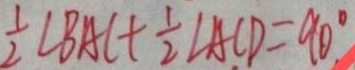
\frac { 1 } { 2 } \angle B A C + \frac { 1 } { 2 } \angle A C D = 9 0 ^ { \circ }